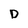
Character: D